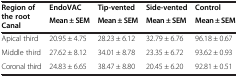
| <ROWSPAN=2> Region of the root Canal | EndoVAC | Tip-vented | Side-vented | Control |
 | Mean ± SEM | Mean ± SEM | Mean ± SEM | Mean ± SEM |
 | --- | --- | --- | --- | --- |
 | Apical third | 20.95 ± 4.75 | 28.23 ± 6.12 | 32.79 ± 6.76 | 96.18 ± 0.67 |
 | Middle third | 27.62 ± 8.12 | 34.01 ± 8.78 | 23.35 ± 6.72 | 93.62 ± 0.93 |
 | Coronal third | 24.83 ± 6.65 | 38.47 ± 8.80 | 20.45 ± 6.20 | 92.81 ± 0.51 |